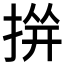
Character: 𱠐